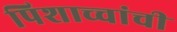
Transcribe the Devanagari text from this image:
पिशाच्चांची